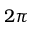
2 \pi